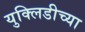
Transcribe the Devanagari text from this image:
युक्लिडीच्या